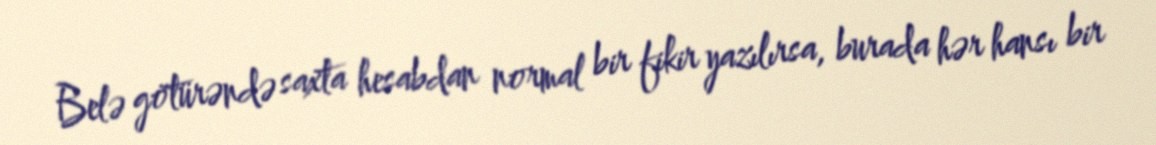
Belə götürəndə saxta hesabdan normal bir fikir yazılırsa, burada hər hansı bir